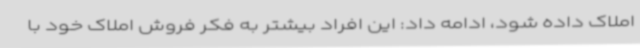
املاک داده شود، ادامه داد: این افراد بیشتر به فکر فروش املاک خود با